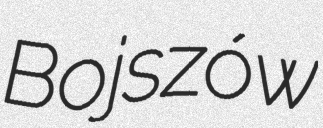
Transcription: Bojszów